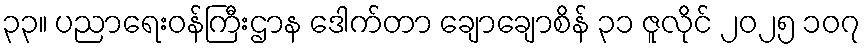
၃၃။ ပညာရေးဝန်ကြီးဌာန ဒေါက်တာ ချောချောစိန် ၃၁ ဇူလိုင် ၂၀၂၅ ၁၀၇